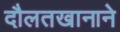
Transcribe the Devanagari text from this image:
दौलतखानाने